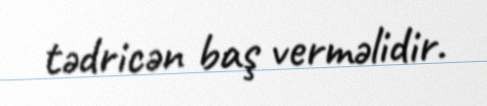
tədricən baş verməlidir.